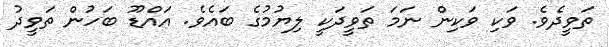
ތަވީދެވެ. ވަކި ވަކިން ނަމަ ތަވީދަކީ ލިޔުމުގެ ބައެވެ. އައްޑޫ ބަހުން ތަވީދު